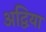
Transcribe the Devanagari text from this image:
अद्विया